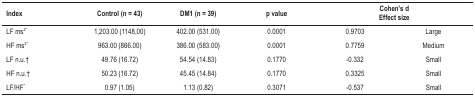
<table><thead><tr><td><b>Index</b></td><td><b>Control (n = 43)</b></td><td><b>DM1 (n = 39)</b></td><td><b>p value</b></td><td colspan="2"><b>Cohen&#x27;s d Effect size</b></td></tr></thead><tbody><tr><td>LF ms<sup>2</sup>*</td><td>1,203.00 (1148,00)</td><td>402.00 (531.00)</td><td>0.0001</td><td>0.9703</td><td>Large</td></tr><tr><td>HF ms<sup>2</sup>*</td><td>963.00 (866.00)</td><td>386.00 (583.00)</td><td>0.0001</td><td>0.7759</td><td>Medium</td></tr><tr><td>LF n.u.†</td><td>49.76 (16.72)</td><td>54.54 (14.83)</td><td>0.1770</td><td>-0.332</td><td>Small</td></tr><tr><td>HF n.u.†</td><td>50.23 (16.72)</td><td>45.45 (14.84)</td><td>0.1770</td><td>0.3325</td><td>Small</td></tr><tr><td>LF/HF*</td><td>0.97 (1.05)</td><td>1.13 (0.82)</td><td>0.3071</td><td>-0.537</td><td>Small</td></tr></tbody></table>